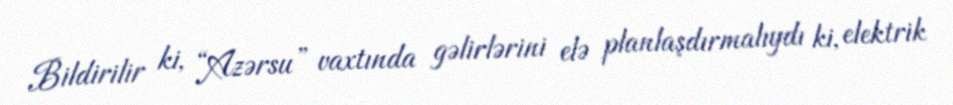
Bildirilir ki, “Azərsu” vaxtında gəlirlərini elə planlaşdırmalıydı ki, elektrik